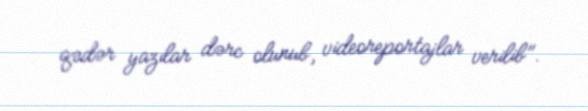
qədər yazılar dərc olunub, videoreportajlar verilib".